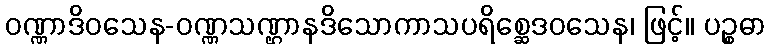
ဝဏ္ဏာဒိဝသေန-ဝဏ္ဏသဏ္ဌာနဒိသောကာသပရိစ္ဆေဒဝသေန၊ ဖြင့်။ ပဉ္စဓာ